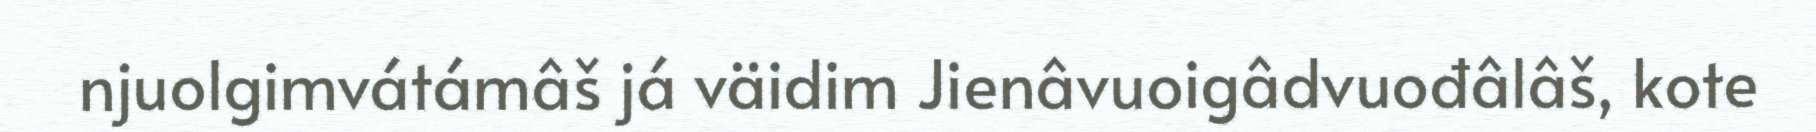
njuolgimvátámâš já väidim Jienâvuoigâdvuođâlâš, kote